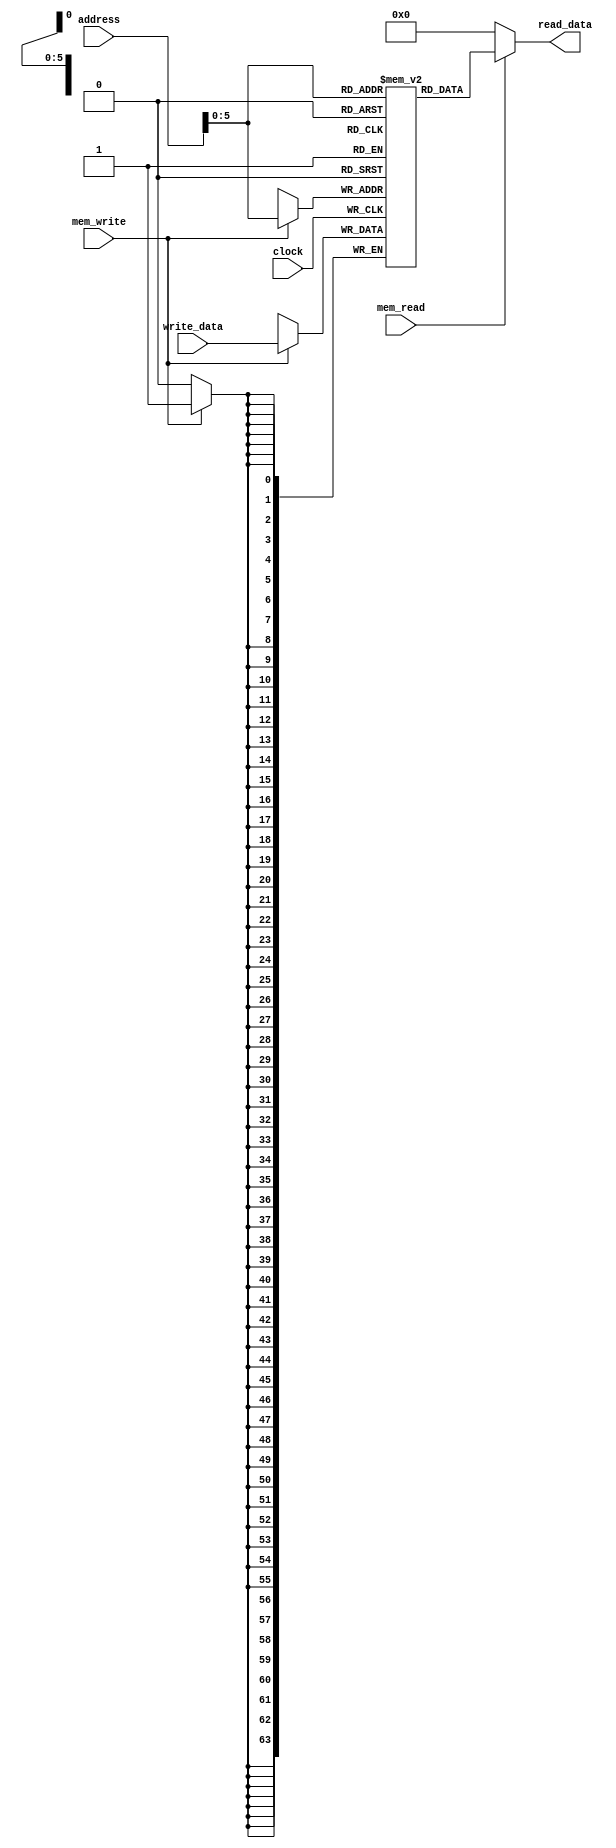
module DataMemory
    ( mem_write, mem_read, clock,address, write_data, read_data);
    parameter delay =10;
    parameter dataWidth=64;
    parameter addressWidth=64;
    parameter memWidth=64;
    input [addressWidth-1:0] address;
    input [dataWidth-1:0] write_data;
    input mem_write, mem_read, clock;
    output [dataWidth-1:0] read_data;

    reg [dataWidth-1:0] memory [memWidth-1:0];

    integer i;
    initial
        begin
            for ( i=0 ;i<memWidth-1;i = i + 1)
                memory[i] = i;
        end

    always @(posedge clock)
        begin
            if (mem_write) begin
                 memory[address] <= write_data;
            end
        end
    assign  read_data = (mem_read) ? memory[address]:4'b0;
endmodule